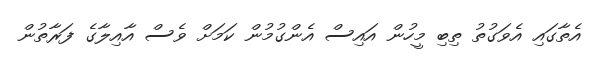
އެތާގައި އެވަގުތު ތިބި މީހުން އައިސް އެންގުމުން ކަމަށް ވެސް އާއިލާގެ ފަރާތުން